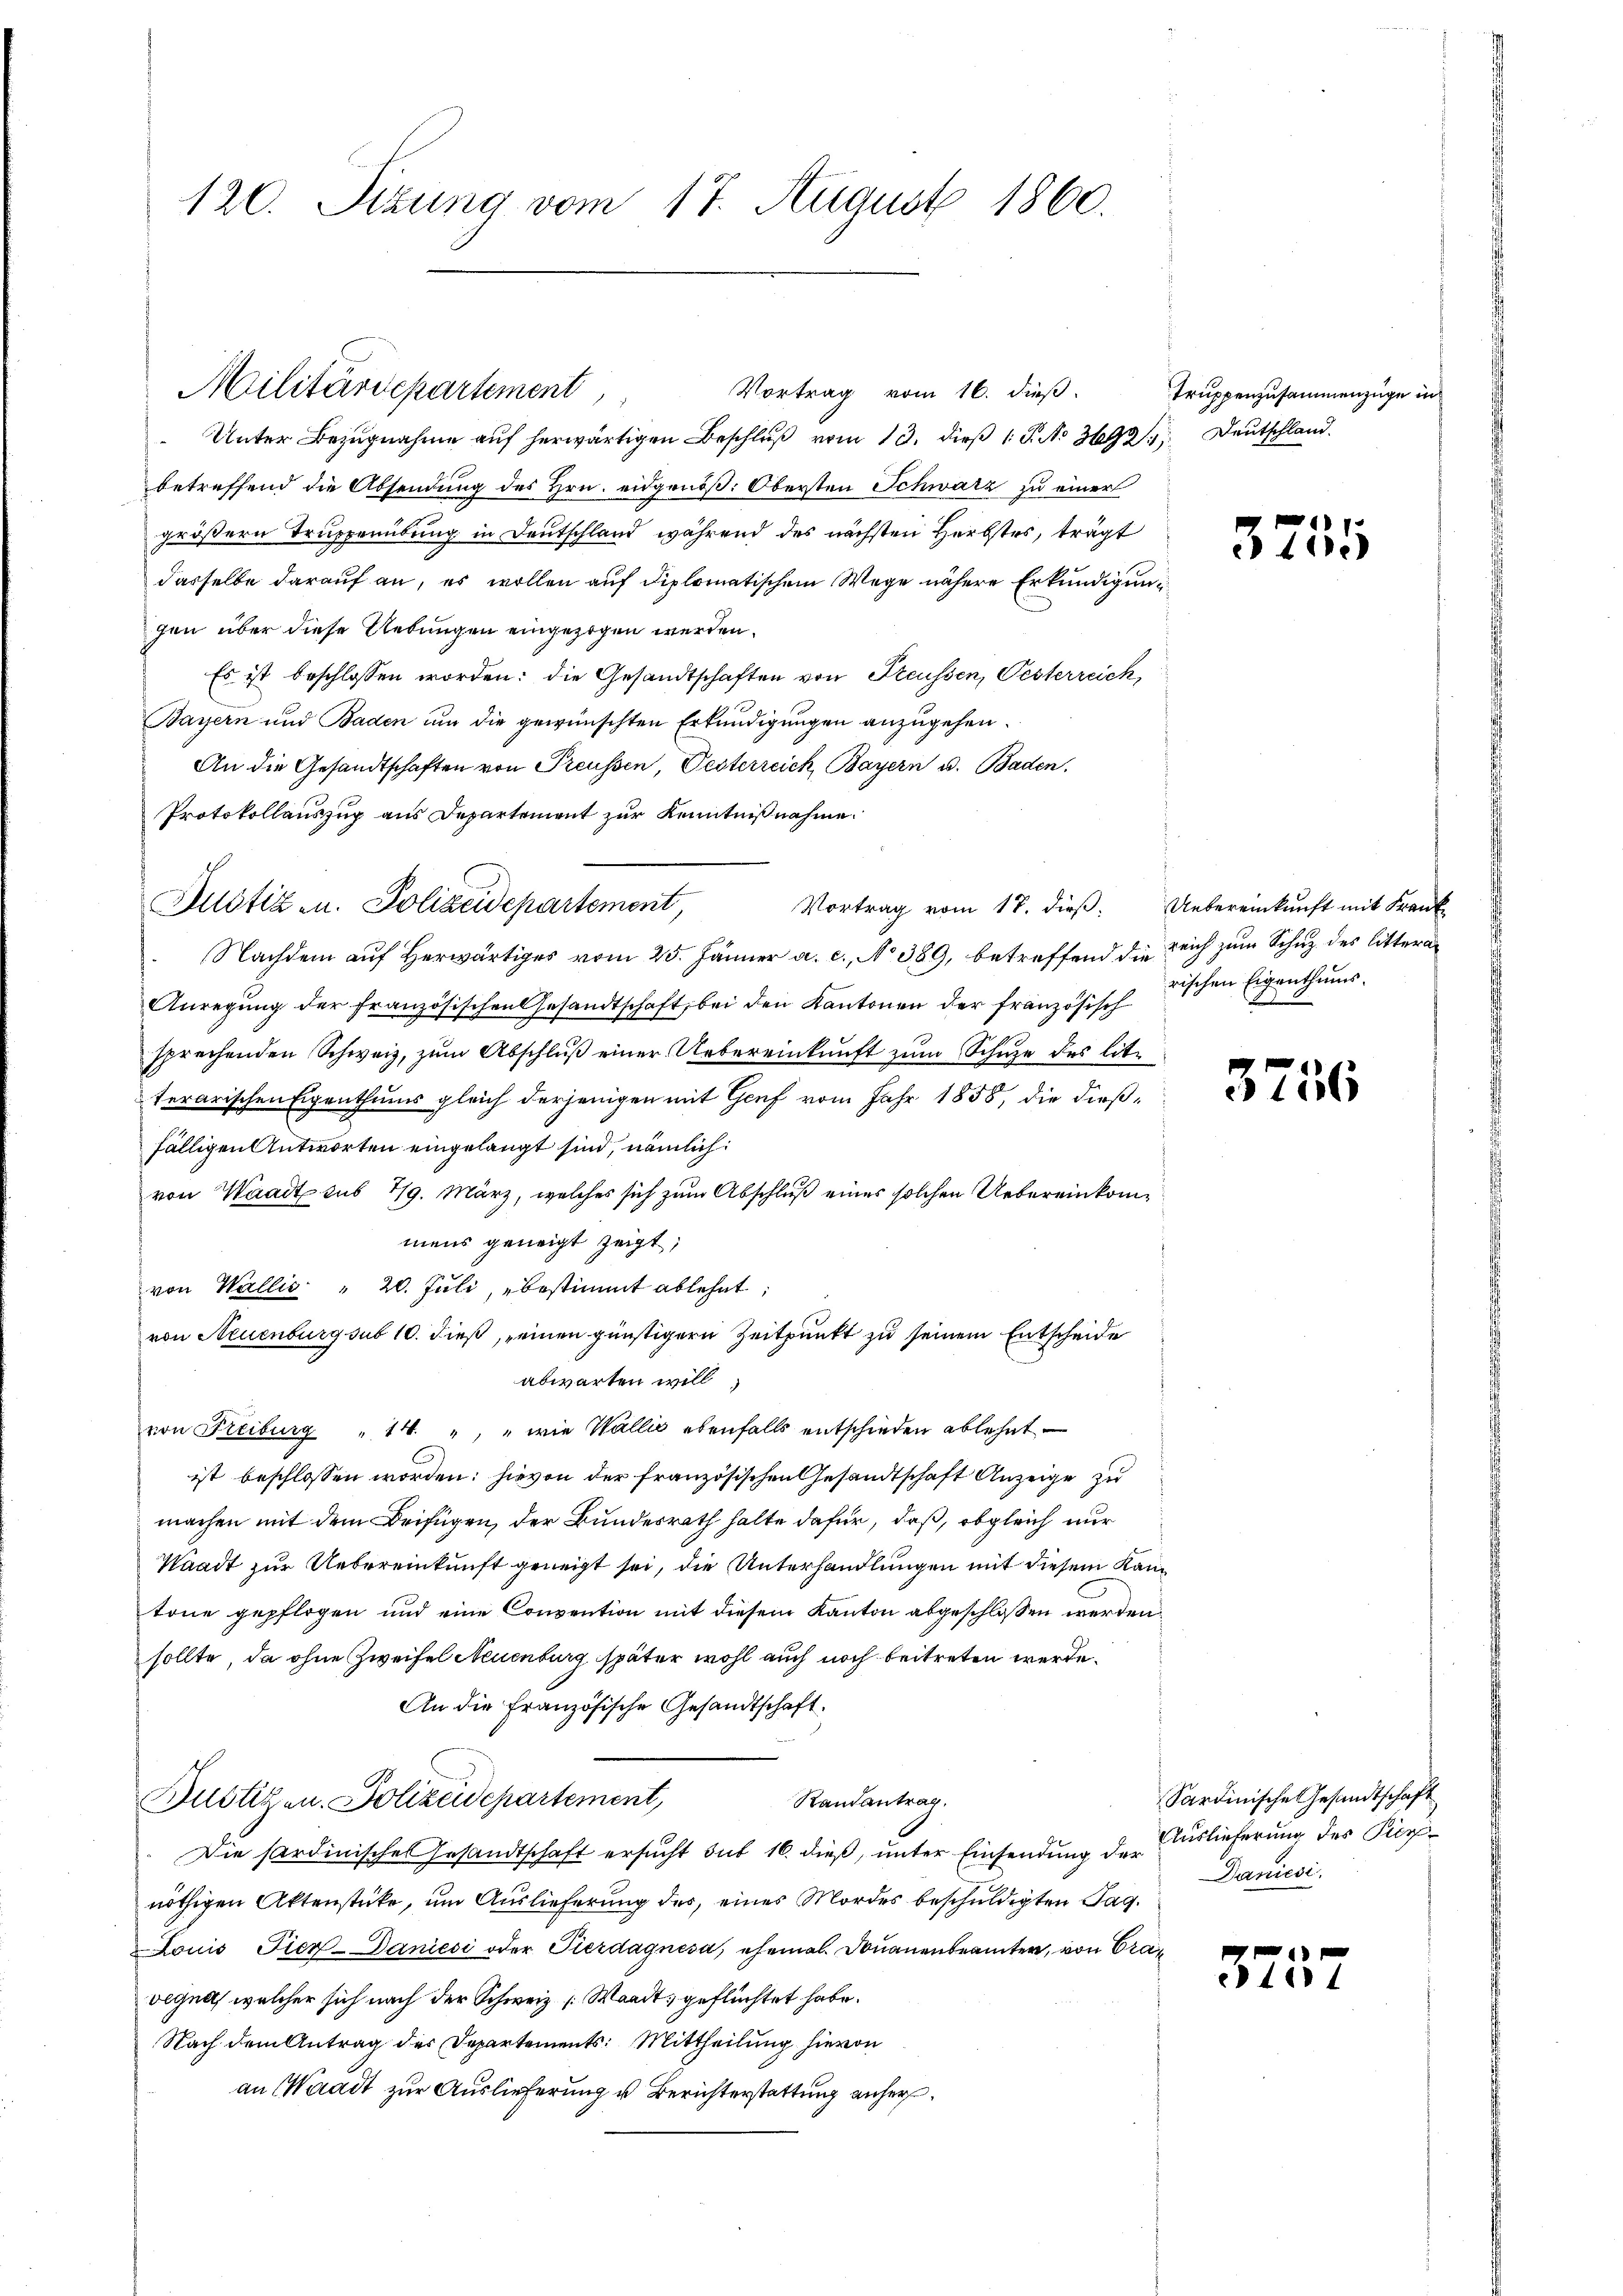
120. Sizung vom 17. August 1860.

Vortrag vom 16. dieß. Truppenzusammenzüge in
Unter Bezugnahme aŭf herwärtigen Beschlŭβ vom 13. dieß 1 S. No 392. Deutschland.
betreffend die Absendung des Hrn. eidgenöß. Obersten Schwarz zu einer
größern Truppenübung in Deutschland während des nächsten Herbstes, trägt
dasselbe darauf an, es wollen auf diplomatischem Wege nähere Erkundigung
gen über diese Uebungen eingezogen werden.
Es ist beschlossen worden: die Gesandtschaften von Freussen, Pesterreich,
Bayern und Baden um die gewünschten Erkundigungen anzugehen.
An die Gesandtschaften von Preussen, Pesterreich, Bayern u. Baden.
Protokollauszug aus Departement zur Kenntnißnahme.
Nachdem auf Herwärtiges vom 25. Jänner a. c., No 389, betreffend die reich zum Schutz des littern
Anregung der französischen Gesandtschaft, bei den Kantonen der französisch
sprechenden Schweiz, zum Abschluß einer Uebereinkunft zum Schuze des lite
terarischen Eigenthums gleich derjenigen mit Genf vom Jahr 1858, die dießfälligen Antworten eingelangt sind, nämlich:
von Waadt sub 19. März, welches sich zum Abschluß eines solchen Uebereinkommens geneigt zeigt,
von Wallis: " 20. Juli, bestimmt ablehnt,
von Neuenburg sub 10. dieß, einen günstigern Zeitpunkt zu seinem Entscheide
abwarten will
von Freiburg " 14. " " wie Wallis ebenfalls entschieden ablehnt.
ist beschlossen worden: hievon der französischen Gesandtschaft Anzeige zu
machen mit dem Beifügen, der Bundesrath halte dafür, daß, obgleich nur
Waadt zur Uebereinkunft geneigt sei, die Unterhandlungen mit diesem Kantone gepflogen und eine Convention mit diesem Kanton abgeschlossen werden,
sollte, da ohne Zweifel Neuenburg später wohl auch noch beitreten werde.
An die Französische Gesandtschaft.
Randantrag,
Justiz- u. Polizeidepartement,
Die sardinisches Gesandtschaft ersŭcht sub 16. dieβ, ŭnter Einsendung der Auslieferung des Piernöthigen Aktenstücke, um Auslieferung des, eines Mordes beschuldigten Tag.
Louis Fier-Daniési oder Tierdagnesa, ehemal Douanenbeamter, von Cravlgna, welcher sich nach der Schweiz [Waadt, geflüchtet habe.
Nach dem Antrag des Departements: Mittheilung hievon
an Waadt zur Auslieferung u Berichterstattung anher¬

Militärdepartement

Justiz- u. Polizeidepartement,
Vortrag vom 17. dieß. Uebereinkunft mit Krank

1
41.)

rischen Eigenthums¬

3756

11

Sardinische Gesandtschaft
Daniesi